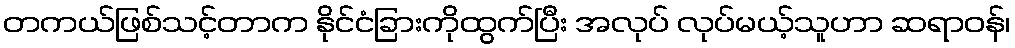
တကယ်ဖြစ်သင့်တာက နိုင်ငံခြားကိုထွက်ပြီး အလုပ် လုပ်မယ့်သူဟာ ဆရာဝန်၊